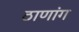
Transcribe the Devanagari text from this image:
ठाणांग